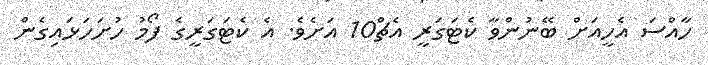
ހާއްސަ އެހީއަށް ބޭނުންވާ ކެޓަގަރީ އެޗް10 އަށެވެ. އެ ކެޓަގަރީގެ ފޯމު ހުށަހަޅައިގެން